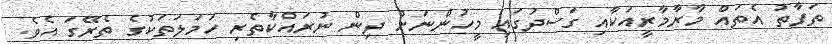
ތަފާތު އެތައް މާރާމާރީއަކާއި ގަސްދުގައި މީހުންނަށް ދިން ނުރައްކާތެރި ހަމަލަތަކުގެ ތެރޭގަ އެވެ.